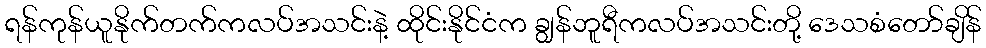
ရန်ကုန်ယူနိုက်တက်ကလပ်အသင်းနဲ့ ထိုင်းနိုင်ငံက ချွန်ဘူရီကလပ်အသင်းတို့ ဒေသစံတော်ချိန်